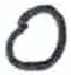
אות: ס